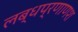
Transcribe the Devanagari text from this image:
लब्धप्रणाणश